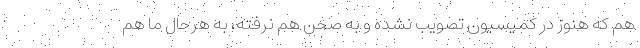
هم که هنوز در کمیسیون تصویب نشده و به صحن هم نرفته، به هرحال ما هم